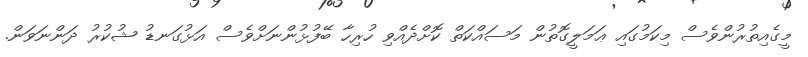
މީގެއިތުރުންވެސް މިކަމުގައި ޢަމަލީގޮތުން މަސައްކަތް ކޮށްދެއްވި ހުރިހާ ބޭފުޅުންނަށްވެސް އަޅުގަނޑު ޝުކުރު ދަންނަވަން.